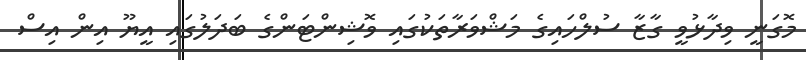
މޮގަނީ ވިދާޅުވީ ގާޒާ ސުލްހައިގެ މަޝްވަރާތަކުގައި ވޮޝިންޓަންގެ ބަދަލުގައި އީޔޫ އިން އިސް